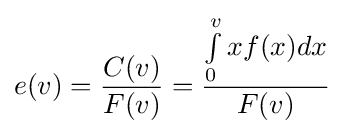
e(v)={\frac {C(v)}{F(v)}}={\frac {\int \limits _{0}^{v}{}xf(x)dx}{F(v)}}